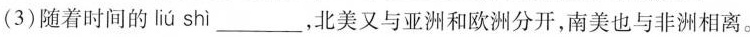
(3)随着时间的 liú shì ___，北美又与亚洲和欧洲分开，南美也与非洲相离。